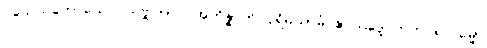
ဝိသေသတောယေဝ သဗ္ဗတြာပိ အဘိန္နာတိ ပုရိမယာမံ ဧဝသဒ္ဒေ ကတပရိကမ္မော